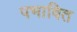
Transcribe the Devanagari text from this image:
पभावित